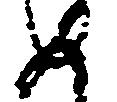
め